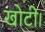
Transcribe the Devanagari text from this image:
खोटी।